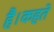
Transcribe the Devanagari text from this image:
है।कहते